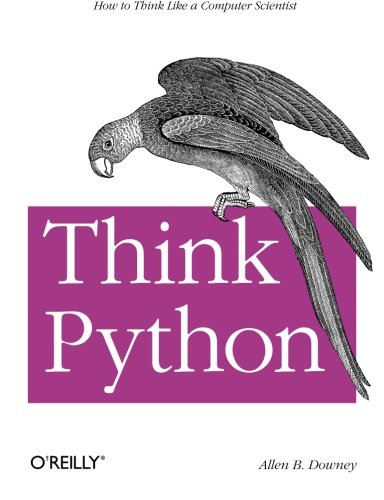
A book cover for Think Python; Allen B. Downey; Computers & Technology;